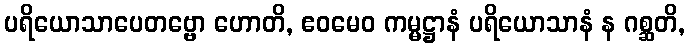
ပရိယောသာပေတဗ္ဗော ဟောတိ, ဧဝမေဝ ကမ္မဋ္ဌာနံ ပရိယောသာနံ န ဂစ္ဆတိ,